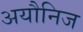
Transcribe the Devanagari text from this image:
अयौनिज